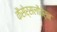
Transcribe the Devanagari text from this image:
कैसेर्सलौतेर्न